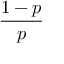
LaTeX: \frac { 1 - p } { p }